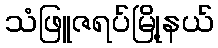
သံဖြူဇရပ်မြို့နယ်